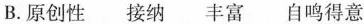
B.原创性接纳丰富自鸣得意